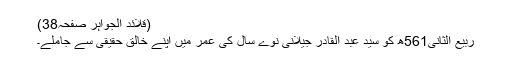
(قلائد الجواہر صفحہ38)
ربیع الثانی561ھ کو سید عبد القادر جیلانی نوّے سال کی عمر میں اپنے خالق حقیقی سے جاملے۔